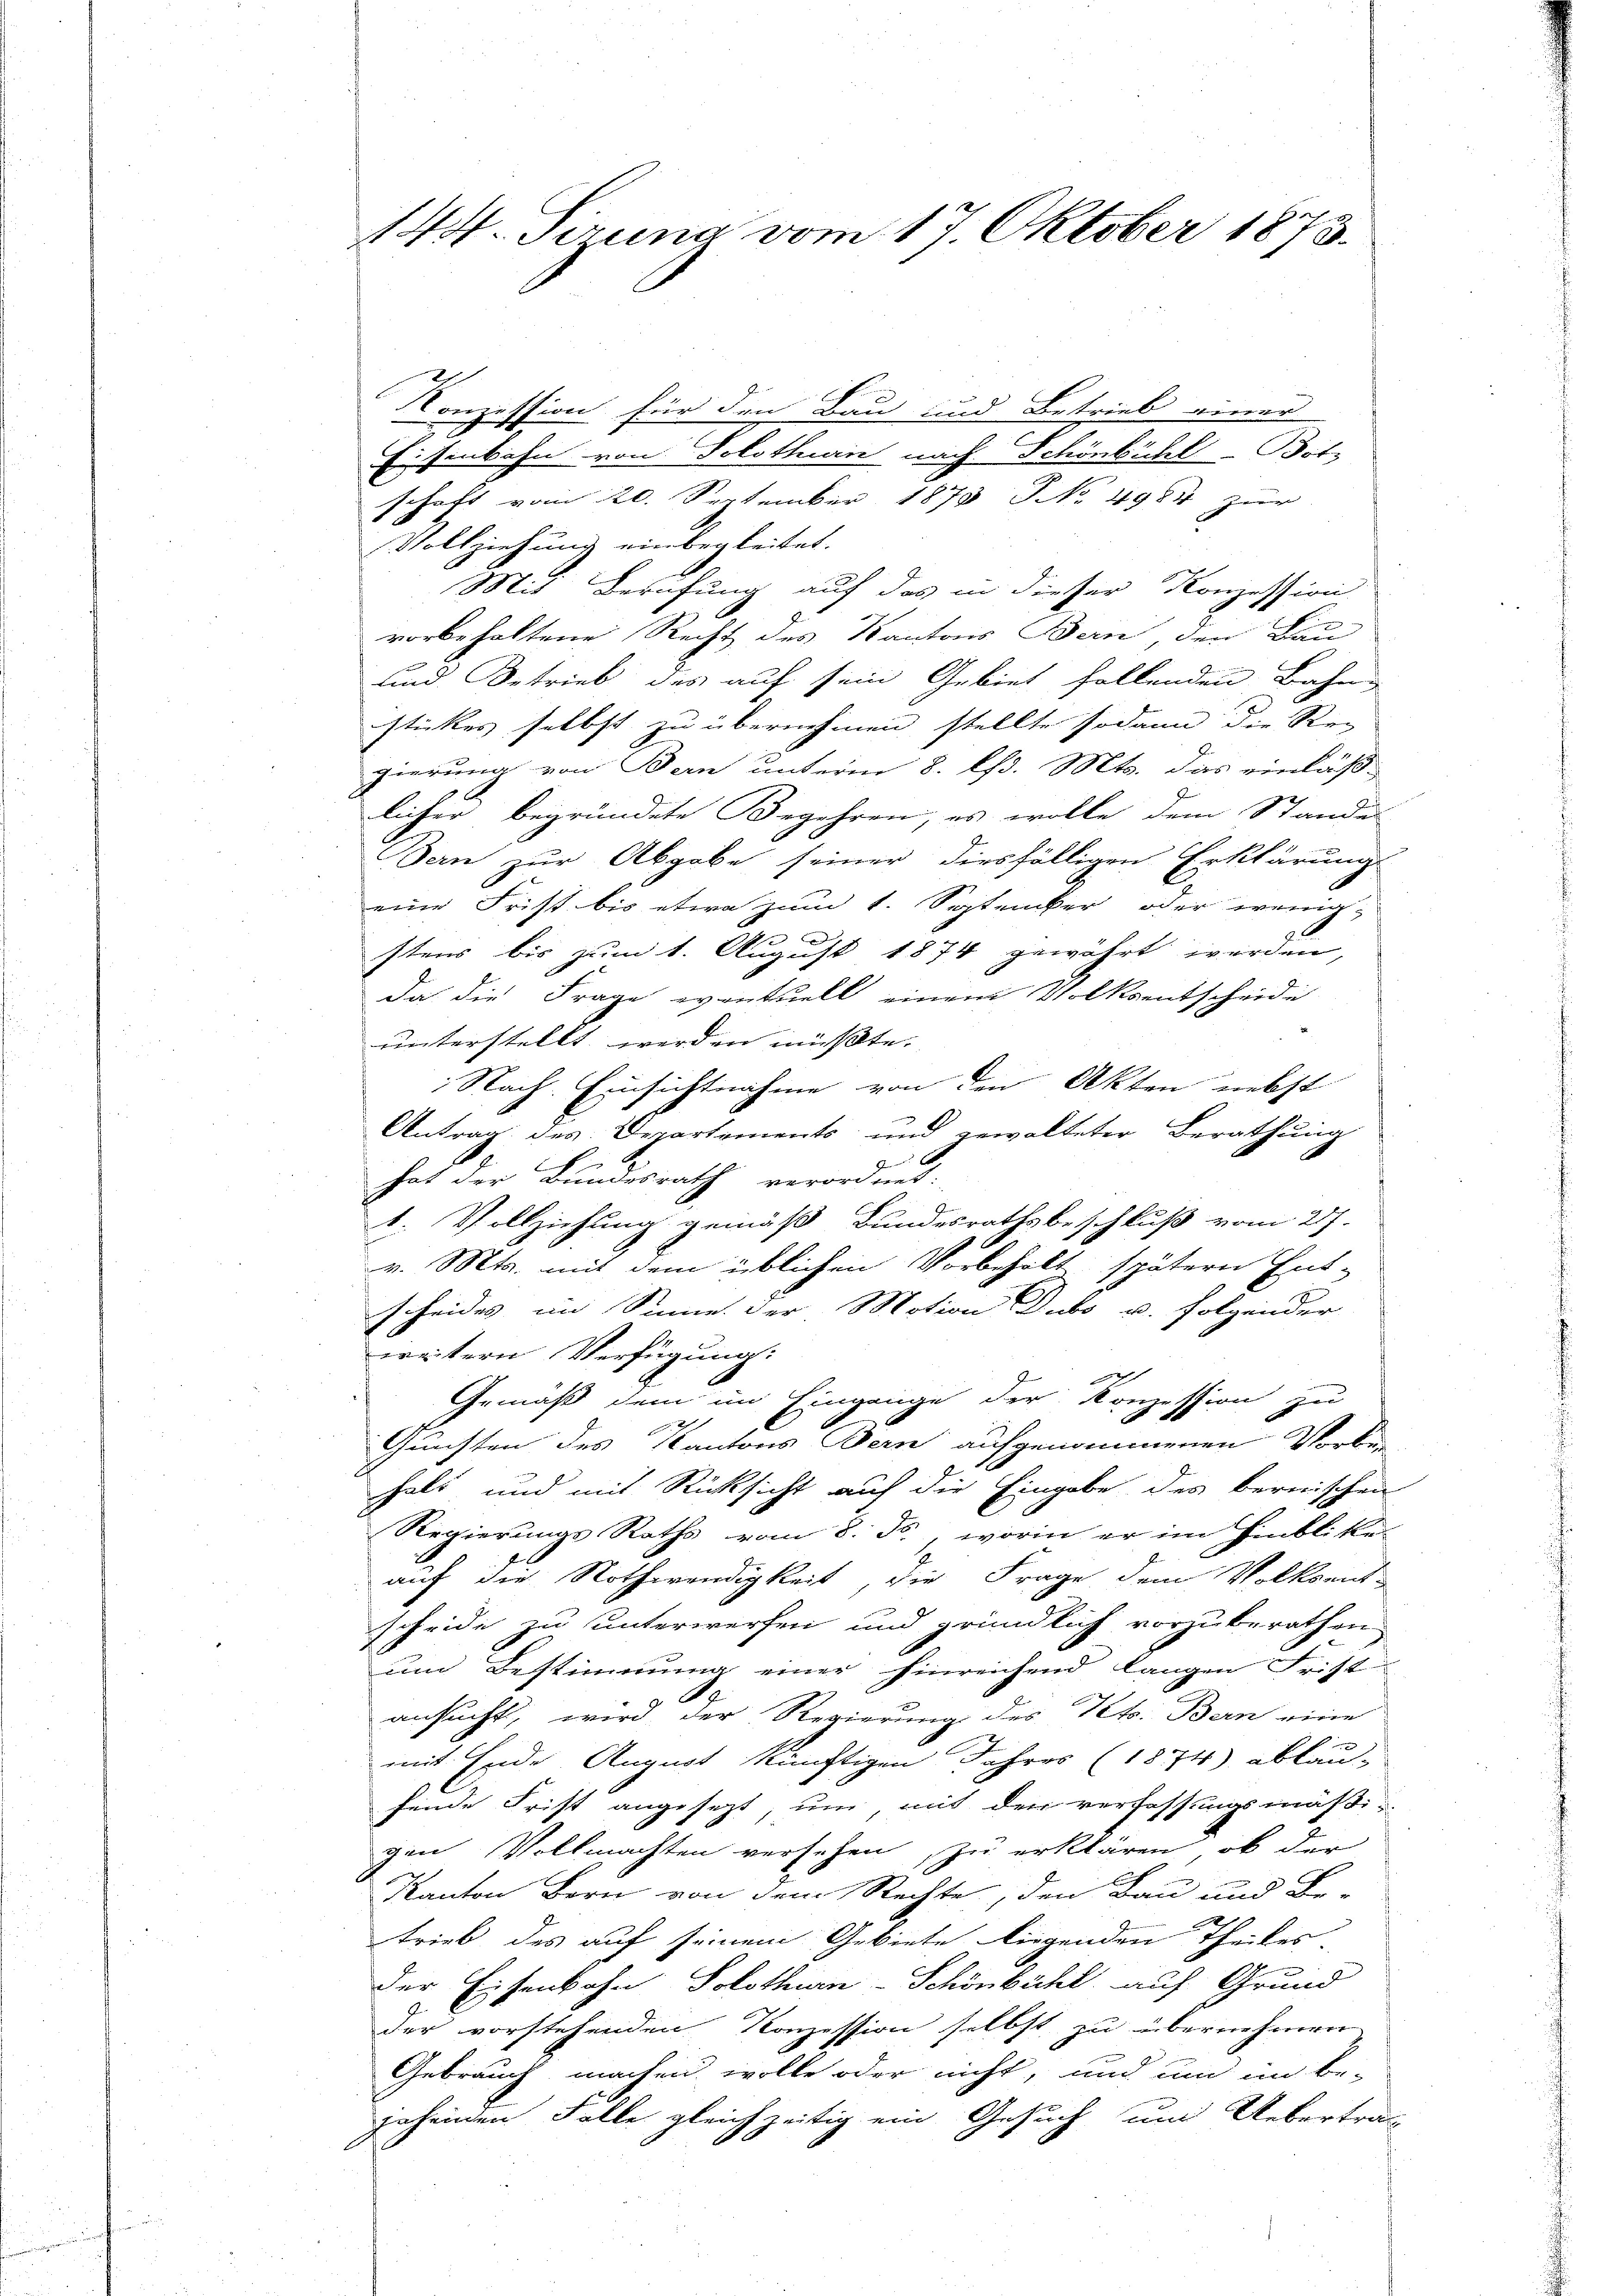
144. Sirung vom 17. Oktober 1873.

Konzession für den Bau und Betrieb einer
Eisenbahn von Solothurn nach Schönbühl-Botz
schaft vom 20. September 1875 NNo. 4984 zur
Vollziehung einbegleitet.
Mit Berufung auf das in dieser Konzession
vorbehaltene Recht des Kantons Bern den Bau-
und Betrieb des auf sein Gebiet follenden Bahn-
stickes selbst zu übernehmen stellte sodann die Re-
gierung von Bern unterm 8. lfd. Mts. das einläß-
licher begründete Begehren, es wolle dem Stande
Bern zur Abgabe seiner diesfälligen Erklärung
eine Frist bis etwa zum 1. September oder wenig-
stens bis zum 1. August 1874 gewährt werden,
Da die Frage eventuell einem Volkentscheide
unterstellt werden müßte,
Nach Einsichtnahme von den Akten nebst
Antrag des Departements und gewalteter Berathung
7
hat der Bundesrath verordnet:
1. Vollziehung gemäß Bundesrathsbeschluß vom 217.
v. Mts. mit dem üblichen Vorbehält spätern Ent-
scheides im Sinne. Der Motion Dubs u. folgender
weitern Verfügung:
Gemäß dem im Eingange der Konzession zu
Gunsten des Kantons Bern aufgenommenen Vorbe-
halt und mit Rücksicht auf die Eingabe des bernischen
Regierungs Raths vom 8. ds., worin er im Hinbliku
auf die Nothwendigkeit, die Frage dem Volksentscheide zu unterwerfen und gründlich vorzuberathen
und Bestimmung einer hinreichend langen Frist
ansucht, wird der Regierung des Kts. Bern eine
mit Ende August künftigen Jahres (1874) abläu-
fende Frist angesezt, um, mit der verfassungsmäßigen Vollmachten versehen, zu erklären, ob der
Kanton Bern von dem Rechte, den Bau und Be-
trieb des auf seinem Gebiete liegenden Theiles.
Der Eisenbahn, Solothurn-Schönbühl, auf Grund
der vorstehenden Konzession selbst zu übernehmen
Gebrauch machen wolle oder nicht, und um im be-
Jaseinen Falle gleichzeitig ein Gesuch um Uebertrag